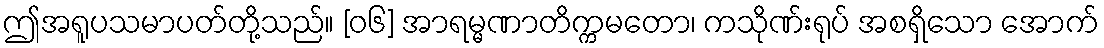
ဤအရူပသမာပတ်တို့သည်။ [၀၆] အာရမ္မဏာတိက္ကမတော၊ ကသိုဏ်းရုပ် အစရှိသော အောက်